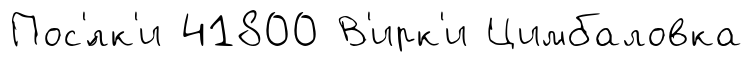
Пос'́лк'и 41800 В'ирк'и Цимбаловка